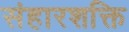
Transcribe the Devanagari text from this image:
संहारशक्ति